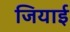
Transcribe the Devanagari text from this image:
जियाई